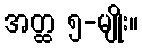
အတ္ထ ၅-မျိုး။